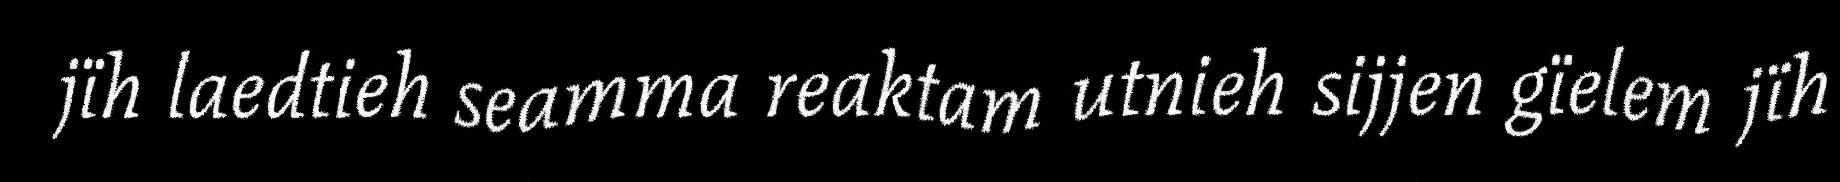
jïh laedtieh seamma reaktam utnieh sijjen gïelem jïh